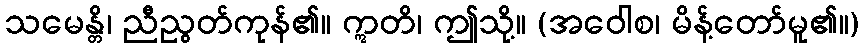
သမေန္တိ၊ ညီညွတ်ကုန်၏။ ဣတိ၊ ဤသို့။ (အဝေါစ၊ မိန့်တော်မူ၏။)